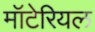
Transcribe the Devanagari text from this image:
मॉटेरियल